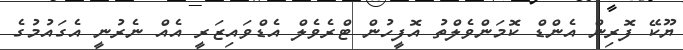
ޔޫކޭ ފޮރިން އެންޑް ކޮމަންވެލްތު އޮފީހުން ޓްރެވެލް އެޑްވައިޒަރީ އެއް ނެރުނީ އެގައުމުގެ